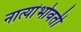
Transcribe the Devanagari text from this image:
नात्यांभोवती